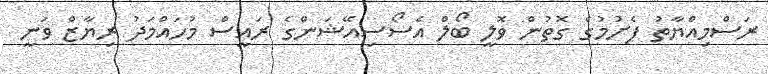
ރަސްމިއްޔާތު ފެށުމުގެ ގޮތުން ވޮލީ ބޯލް އެސޯސިއޭޝަންގެ ރައީސް މުހައްމަދު ރިޔާޒް ވަނީ